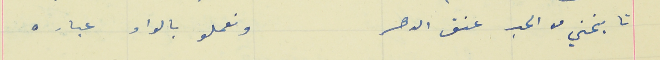
تا ينحني من الحب عنق الدهر                                    ونعملو بالواد عباره